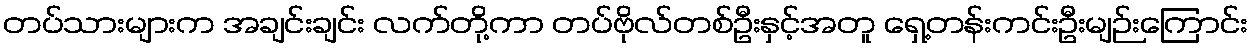
တပ်သားများက အချင်းချင်း လက်တို့ကာ တပ်ဗိုလ်တစ်ဦးနှင့်အတူ ရှေ့တန်းကင်းဦးမျဉ်းကြောင်း